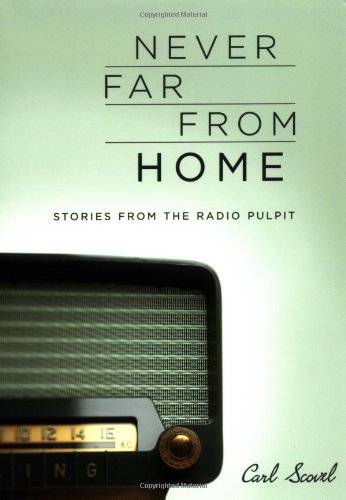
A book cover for Never Far from Home: Stories from the Radio Pulpit; Carl Scovel; Religion & Spirituality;